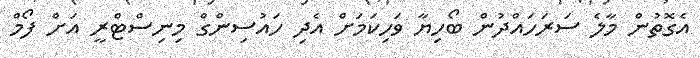
އެގޮތުން މާލެ ސަރަހައްދުން ބޯހިޔާ ވަހިކަމަށް އެދި ހައުސިންގް މިނިސްޓްރީ އަށް ފޯމް